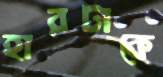
হারটাকে